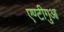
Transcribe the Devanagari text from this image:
एण्टीगुआ